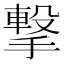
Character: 撃